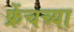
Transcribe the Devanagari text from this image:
फ्रेंचच्या